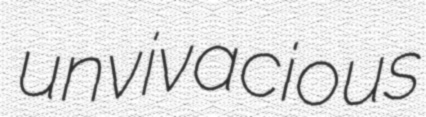
unvivacious